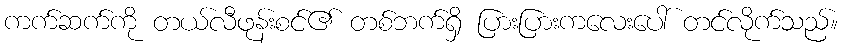
ကက်ဆက်ကို တယ်လီဖုန်းစင်၏ တစ်ဘက်ရှိ ပြားပြားကလေးပေါ် တင်လိုက်သည်။